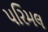
પરિમલ